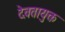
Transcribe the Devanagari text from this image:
देवतायुक्त